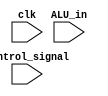
module MR
(
    input clk,
    input [31:0]control_signal,
    input [15:0]ALU_in
);

reg [15:0]buffer = 8'b0000_0000;

always@(posedge clk) begin
    // MR <- ALU
    if(control_signal[22]) begin
        buffer <= ALU_in;
    end

end

endmodule